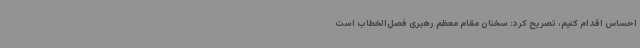
احساس اقدام کنیم، تصریح کرد: سخنان مقام معظم رهبری فصل‌الخطاب است